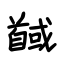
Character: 馘